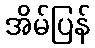
အိမ်ပြန်